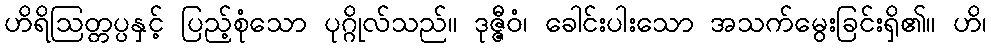
ဟိရိဩတ္တပ္ပနှင့် ပြည့်စုံသော ပုဂ္ဂိုလ်သည်။ ဒုဇ္ဇီဝံ၊ ခေါင်းပါးသော အသက်မွေးခြင်းရှိ၏။ ဟိ၊